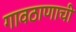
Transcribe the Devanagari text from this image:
गावठाणाची